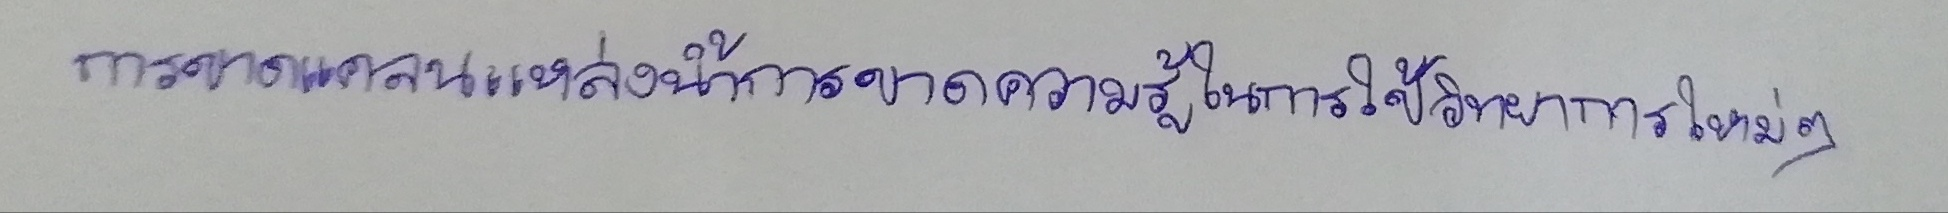
การขาดแคลนแหล่งน้ำการขาดความรู้ในการใช้วิทยาการใหม่ๆ